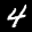
Label: 4